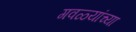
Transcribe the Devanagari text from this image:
गवळ्यांच्या